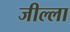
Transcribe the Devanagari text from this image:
जील्ला